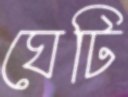
ঘেটি